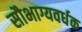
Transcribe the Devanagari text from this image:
सौभाग्यवर्धक